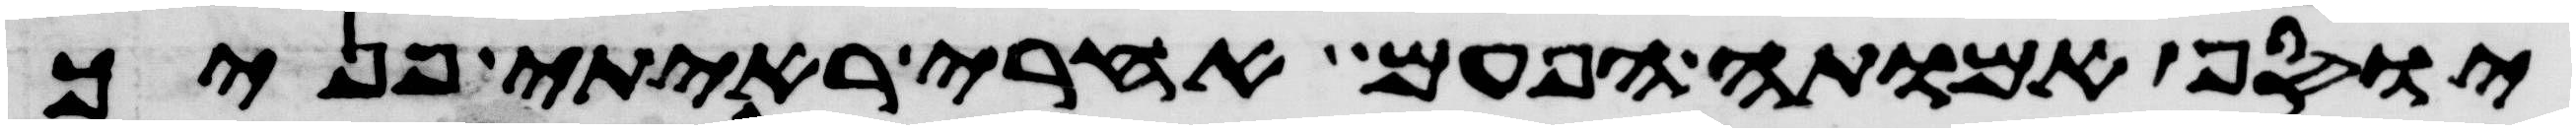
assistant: יוסף אמותה הפעם אחרי ראיתי פניך